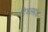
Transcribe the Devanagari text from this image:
दिघलबांक